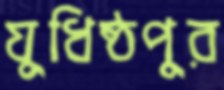
যুধিষ্ঠপুর